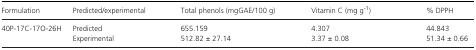
<table><thead><tr><td><b>Formulation</b></td><td><b>Predicted/experimental</b></td><td><b>Total phenols (mgGAE/100 g)</b></td><td><b>Vitamin C (mg g<sup>‐1</sup>)</b></td><td><b>% DPPH</b></td></tr></thead><tbody><tr><td rowspan="2">40P‐17C‐17O‐26H</td><td>Predicted</td><td>655.159</td><td>4.307</td><td>44.843</td></tr><tr><td>Experimental</td><td>512.82 ± 27.14</td><td>3.37 ± 0.08</td><td>51.34 ± 0.66</td></tr></tbody></table>